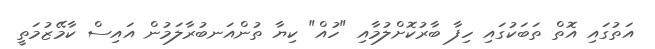
އަތުގައި އޮތް ތަބަކުގައި ހިފާ ބާރުކޮށްލުމާއި "ހުއް" ކިޔާ ތުންއަނބުރާލަމުން އައިސް ކާމޭޒުމަތީ